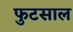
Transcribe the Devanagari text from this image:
फुटसाल